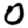
Digit: 0